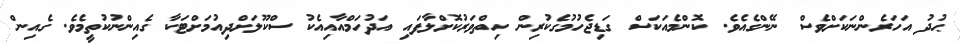
ޙުދު އަހަރެންނަކަށްވެސް ނޭންގެއެވެ. ކޮންމެއަކަސް ގަޑިޖެހުމުގެކުރިން ހިތްވަރުކޮށްލާފައި އަދުހަމްއާއިއެކު ސްކޫލަށްދިއުމަށްޓަކާ ގެއިންނުކުތީމެވެ. ގެއިން